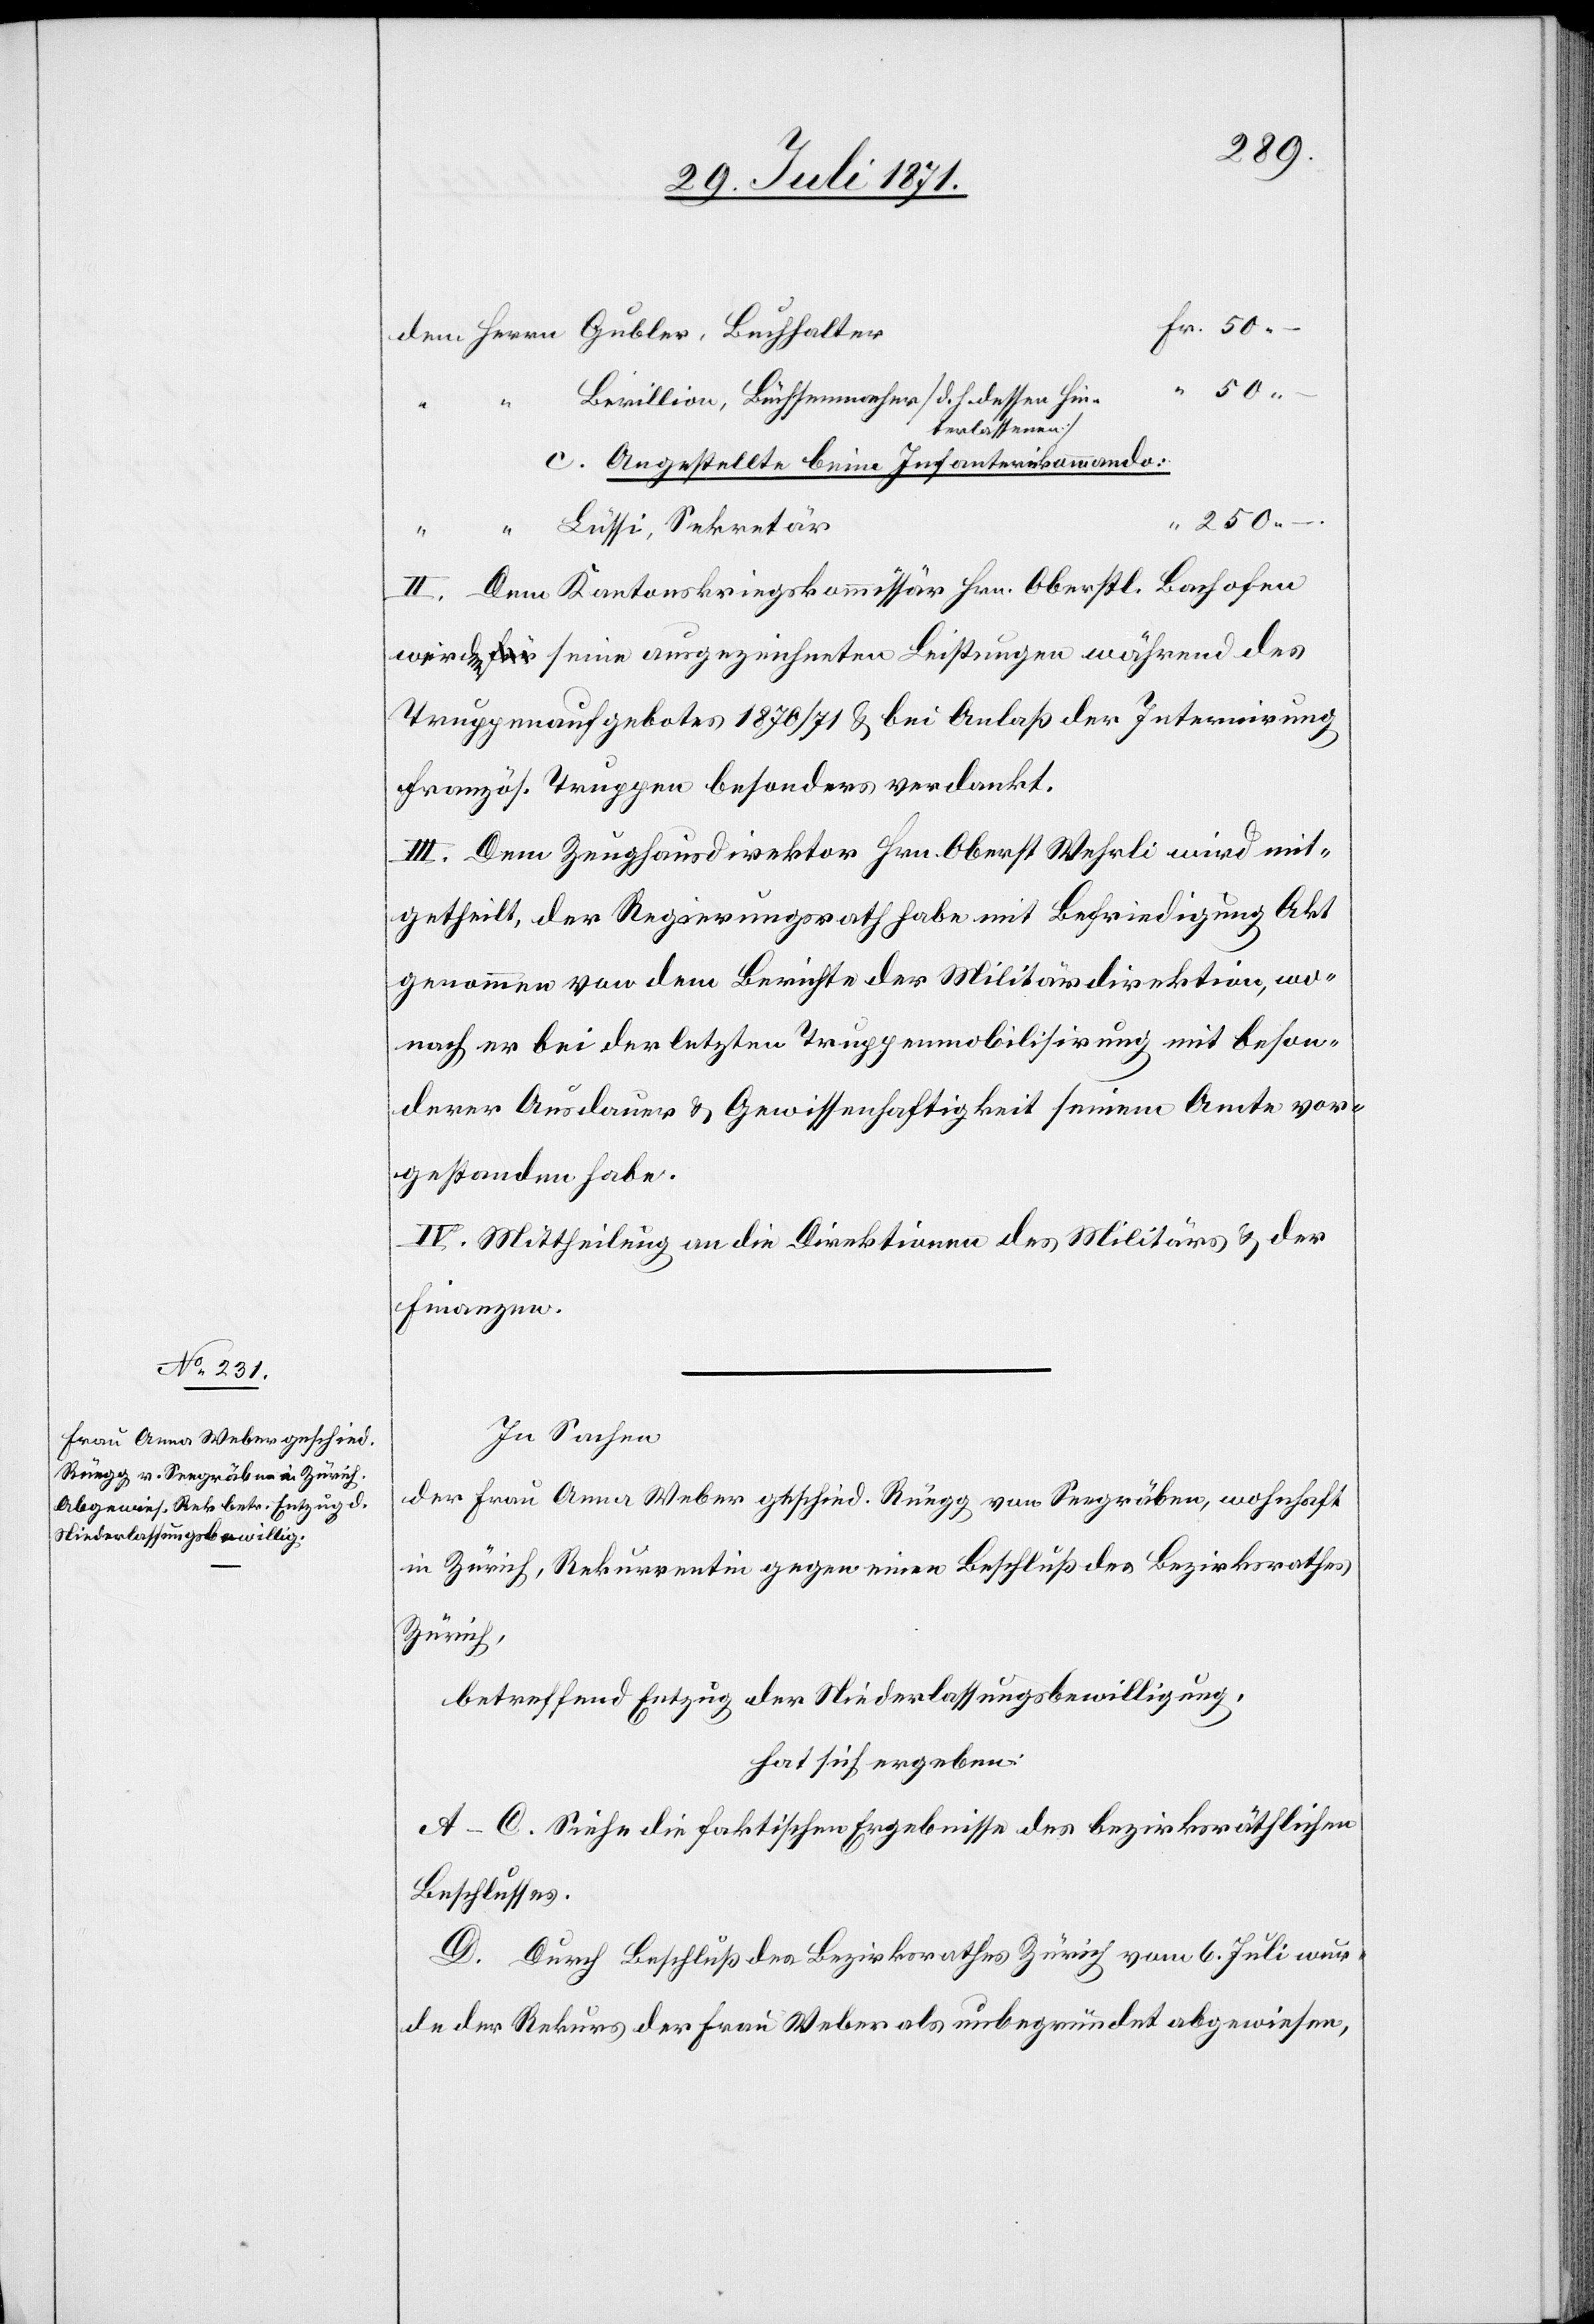
den
Berillion, Büchsenmacher [d. h. dessen Hin¬
terlassenen]
c. Angestellte beim Infanteriekommando:
II. Dem Kantonskriegskommissär Hrn. Oberstl. Bachofen
wird seine ausgezeichnete Leistungen [sic!] während des
Truppenaufgebotes 1870/71 u. bei Anlaß der Internirung
französ. Truppen besonders verdankt.
III. Dem Zeughausdirektor Hrn. Oberst Wehrli wird mit¬
getheilt, der Regierungsrath habe mit Befriedigung Akt
genommen von dem Berichte der Militärdirektion, wo¬
nach er bei der letzten Truppenmobilisirung mit beson¬
derer Ausdauer u. Gewissenhaftigkeit seinem Amte vor¬
gestanden habe.
IV. Mittheilung an die Direktion des Militärs u. der
Finanzen.
In Sachen
der Frau Anna Weber geschied. Ruegg von Seegräben, wohnhaft
in Zürich, Rekurrentin gegen einen Beschluß des Bezirksrathes
Zürich,
betreffend Entzug der Niederlassungsbewilligung,
hat sich ergeben:
A–C. Siehe die faktischen Ergebnisse des bezirksräthlichen
Beschlusses.
D. Durch Beschluß des Bezirksrathes Zürich vom 6. Juli wur¬
de der Rekurs der Frau Weber als unbegründet abgewiesen,